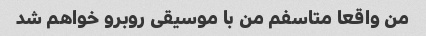
من واقعا متاسفم من با موسیقی روبرو خواهم شد